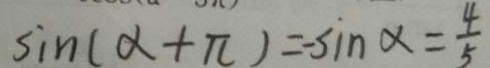
\sin ( \alpha + \pi ) = - \sin \alpha = \frac { 4 } { 5 }